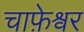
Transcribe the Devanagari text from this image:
चाफ़ेश्वर